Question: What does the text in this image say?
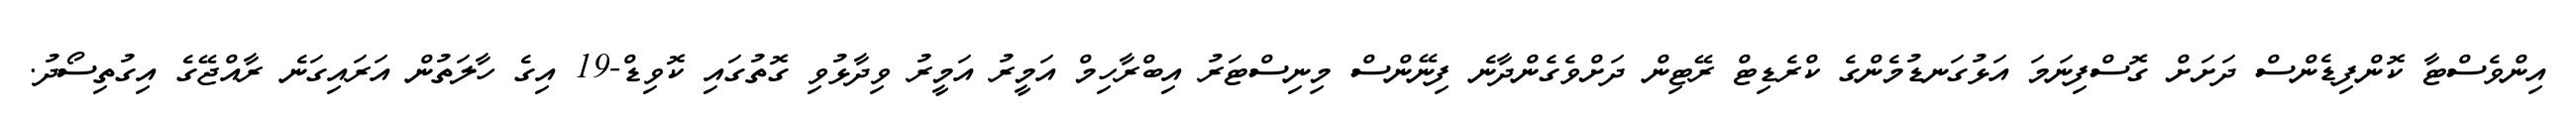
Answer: އިންވެސްޓާ ކޮންފިޑެންސް ދަށަށް ގޮސްފިނަމަ އަޅުގަނޑުމެންގެ ކްރެޑިޓް ރޭޓިން ދަށްވެގެންދާނެ ފިނޭންސް މިނިސްޓަރު އިބްރާހިމް އަމީރު އަމީރު ވިދާޅުވި ގޮތުގައި ކޮވިޑް-19 އިގެ ހާލަތުން އަރައިގަނެ ރާއްޖޭގެ އިގުތިސޯދު.